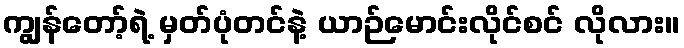
ကျွန်တော့်ရဲ့ မှတ်ပုံတင်နဲ့ ယာဉ်မောင်းလိုင်စင် လိုလား။